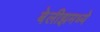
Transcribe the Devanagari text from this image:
बेलीझमध्ये